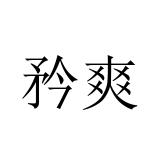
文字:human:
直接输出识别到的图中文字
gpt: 矜爽